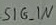
Text: SIG_IN